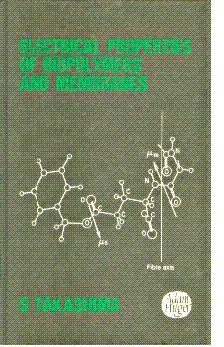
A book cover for Electrical Properties of Biopolymers and Membranes,; Shiro Takashima; Science & Math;